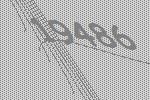
19486